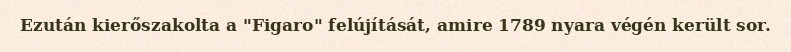
Ezután kierőszakolta a "Figaro" felújítását, amire 1789 nyara végén került sor.